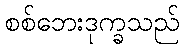
စစ်ဘေးဒုက္ခသည်